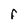
Character: F